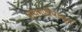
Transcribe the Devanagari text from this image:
पांचगणीपासून